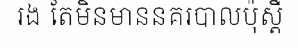
រង តែមិនមាននគរបាលប៉ុស្តិ៍